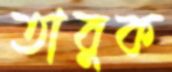
তাবুক